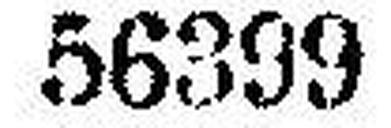
56399